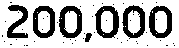
200,000